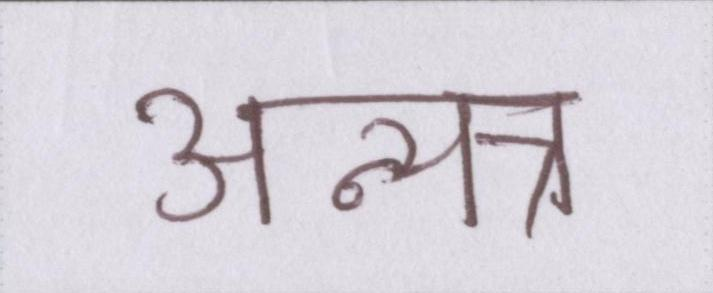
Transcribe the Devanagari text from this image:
अन्यत्र